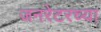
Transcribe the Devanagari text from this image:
जनरेटरच्या